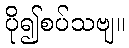
ပို၍စပ်သဗျ။